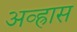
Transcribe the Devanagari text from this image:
अव्ह्रास